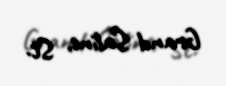
Grand Saline, St.